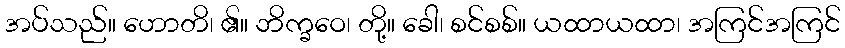
အပ်သည်။ ဟောတိ၊ ၏။ ဘိက္ခဝေ၊ တို့။ ခေါ၊ စင်စစ်။ ယထာယထာ၊ အကြင်အကြင်